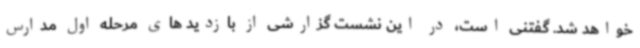
خواهد شد. گفتنی است، در این نشست گزارشی از بازدید های مرحله اول مدارس